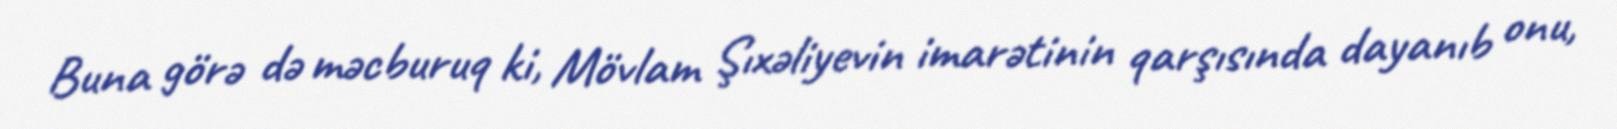
Buna görə də məcburuq ki, Mövlam Şıxəliyevin imarətinin qarşısında dayanıb onu,